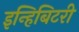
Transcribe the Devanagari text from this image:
इन्हिबिटरी